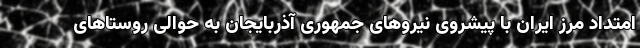
امتداد مرز ایران با پیشروی نیروهای جمهوری آذربایجان به حوالی روستاهای